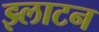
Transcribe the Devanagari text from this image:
झ्लाटन